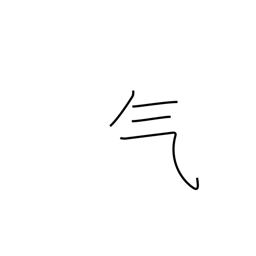
Meaning: steam radical (no. 84)